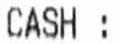
CASH: